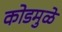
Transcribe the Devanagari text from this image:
कोडमुळे